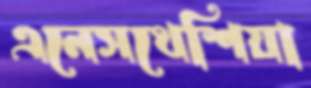
এনেসথেশিয়া